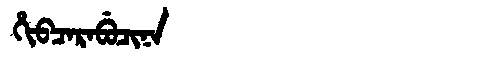
Manchu: ᡥᡳᠪᠴᠠᡵᠠᠪᡠᠴᡳᠨᠠ
Romanization: HIBCARABUCINA